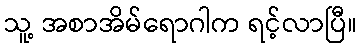
သူ့ အစာအိမ်ရောဂါက ရင့်လာပြီ။